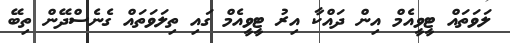
ލަވަތައް ޓީވީއެމް އިން ދައްކާ އިރު ޓީވީއެމް ގައި ތިލަވަތައް ގެނެސްދޭން ތިބޭ